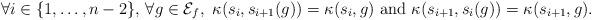
LaTeX: \begin{align*} \forall i \in \{1, \ldots , n-2\}, \, \forall g \in \mathcal{E}_f, \ \kappa (s_i, s_{i+1}(g))=\kappa (s_i, g) \ \mathrm{and} \ \kappa (s_{i+1}, s_i(g))=\kappa (s_{i+1}, g).\end{align*}